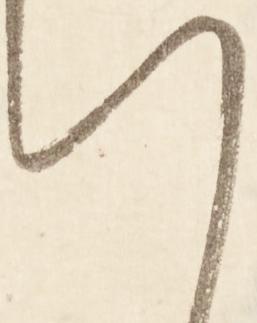
い